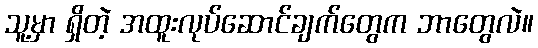
သူ့မှာ ရှိတဲ့ အထူးလုပ်ဆောင်ချက်တွေက ဘာတွေလဲ။